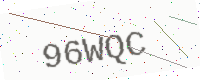
Text: 96WQC